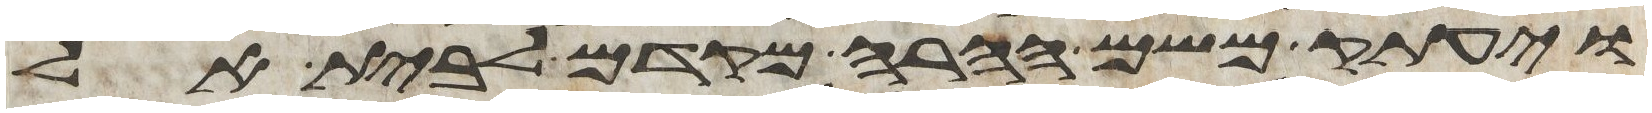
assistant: ויעתק משם ההרה מקדם לבית אל